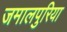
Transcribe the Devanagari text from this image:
जमालपुरिया